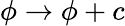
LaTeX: \phi\to\phi+c